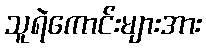
သူရဲကောင်းများအား